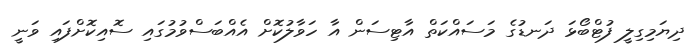
ދިޔަމިގިލީ ފުޓްބޯޅަ ދަނޑުގެ މަސައްކަތް އާޓިސަން އާ ހަވާލުކޮށް އެއްބަސްވުމުގައި ސޮއިކޮށްފައި ވަނީ